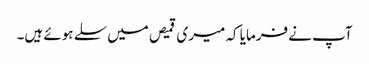
آپ نے فرمایا کہ میری قمیص میں سلے ہوئے ہیں۔